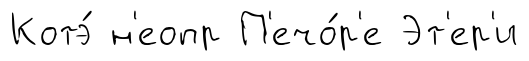
Котэ́ н'еопр П'ечо́р'е Эт'ер'и